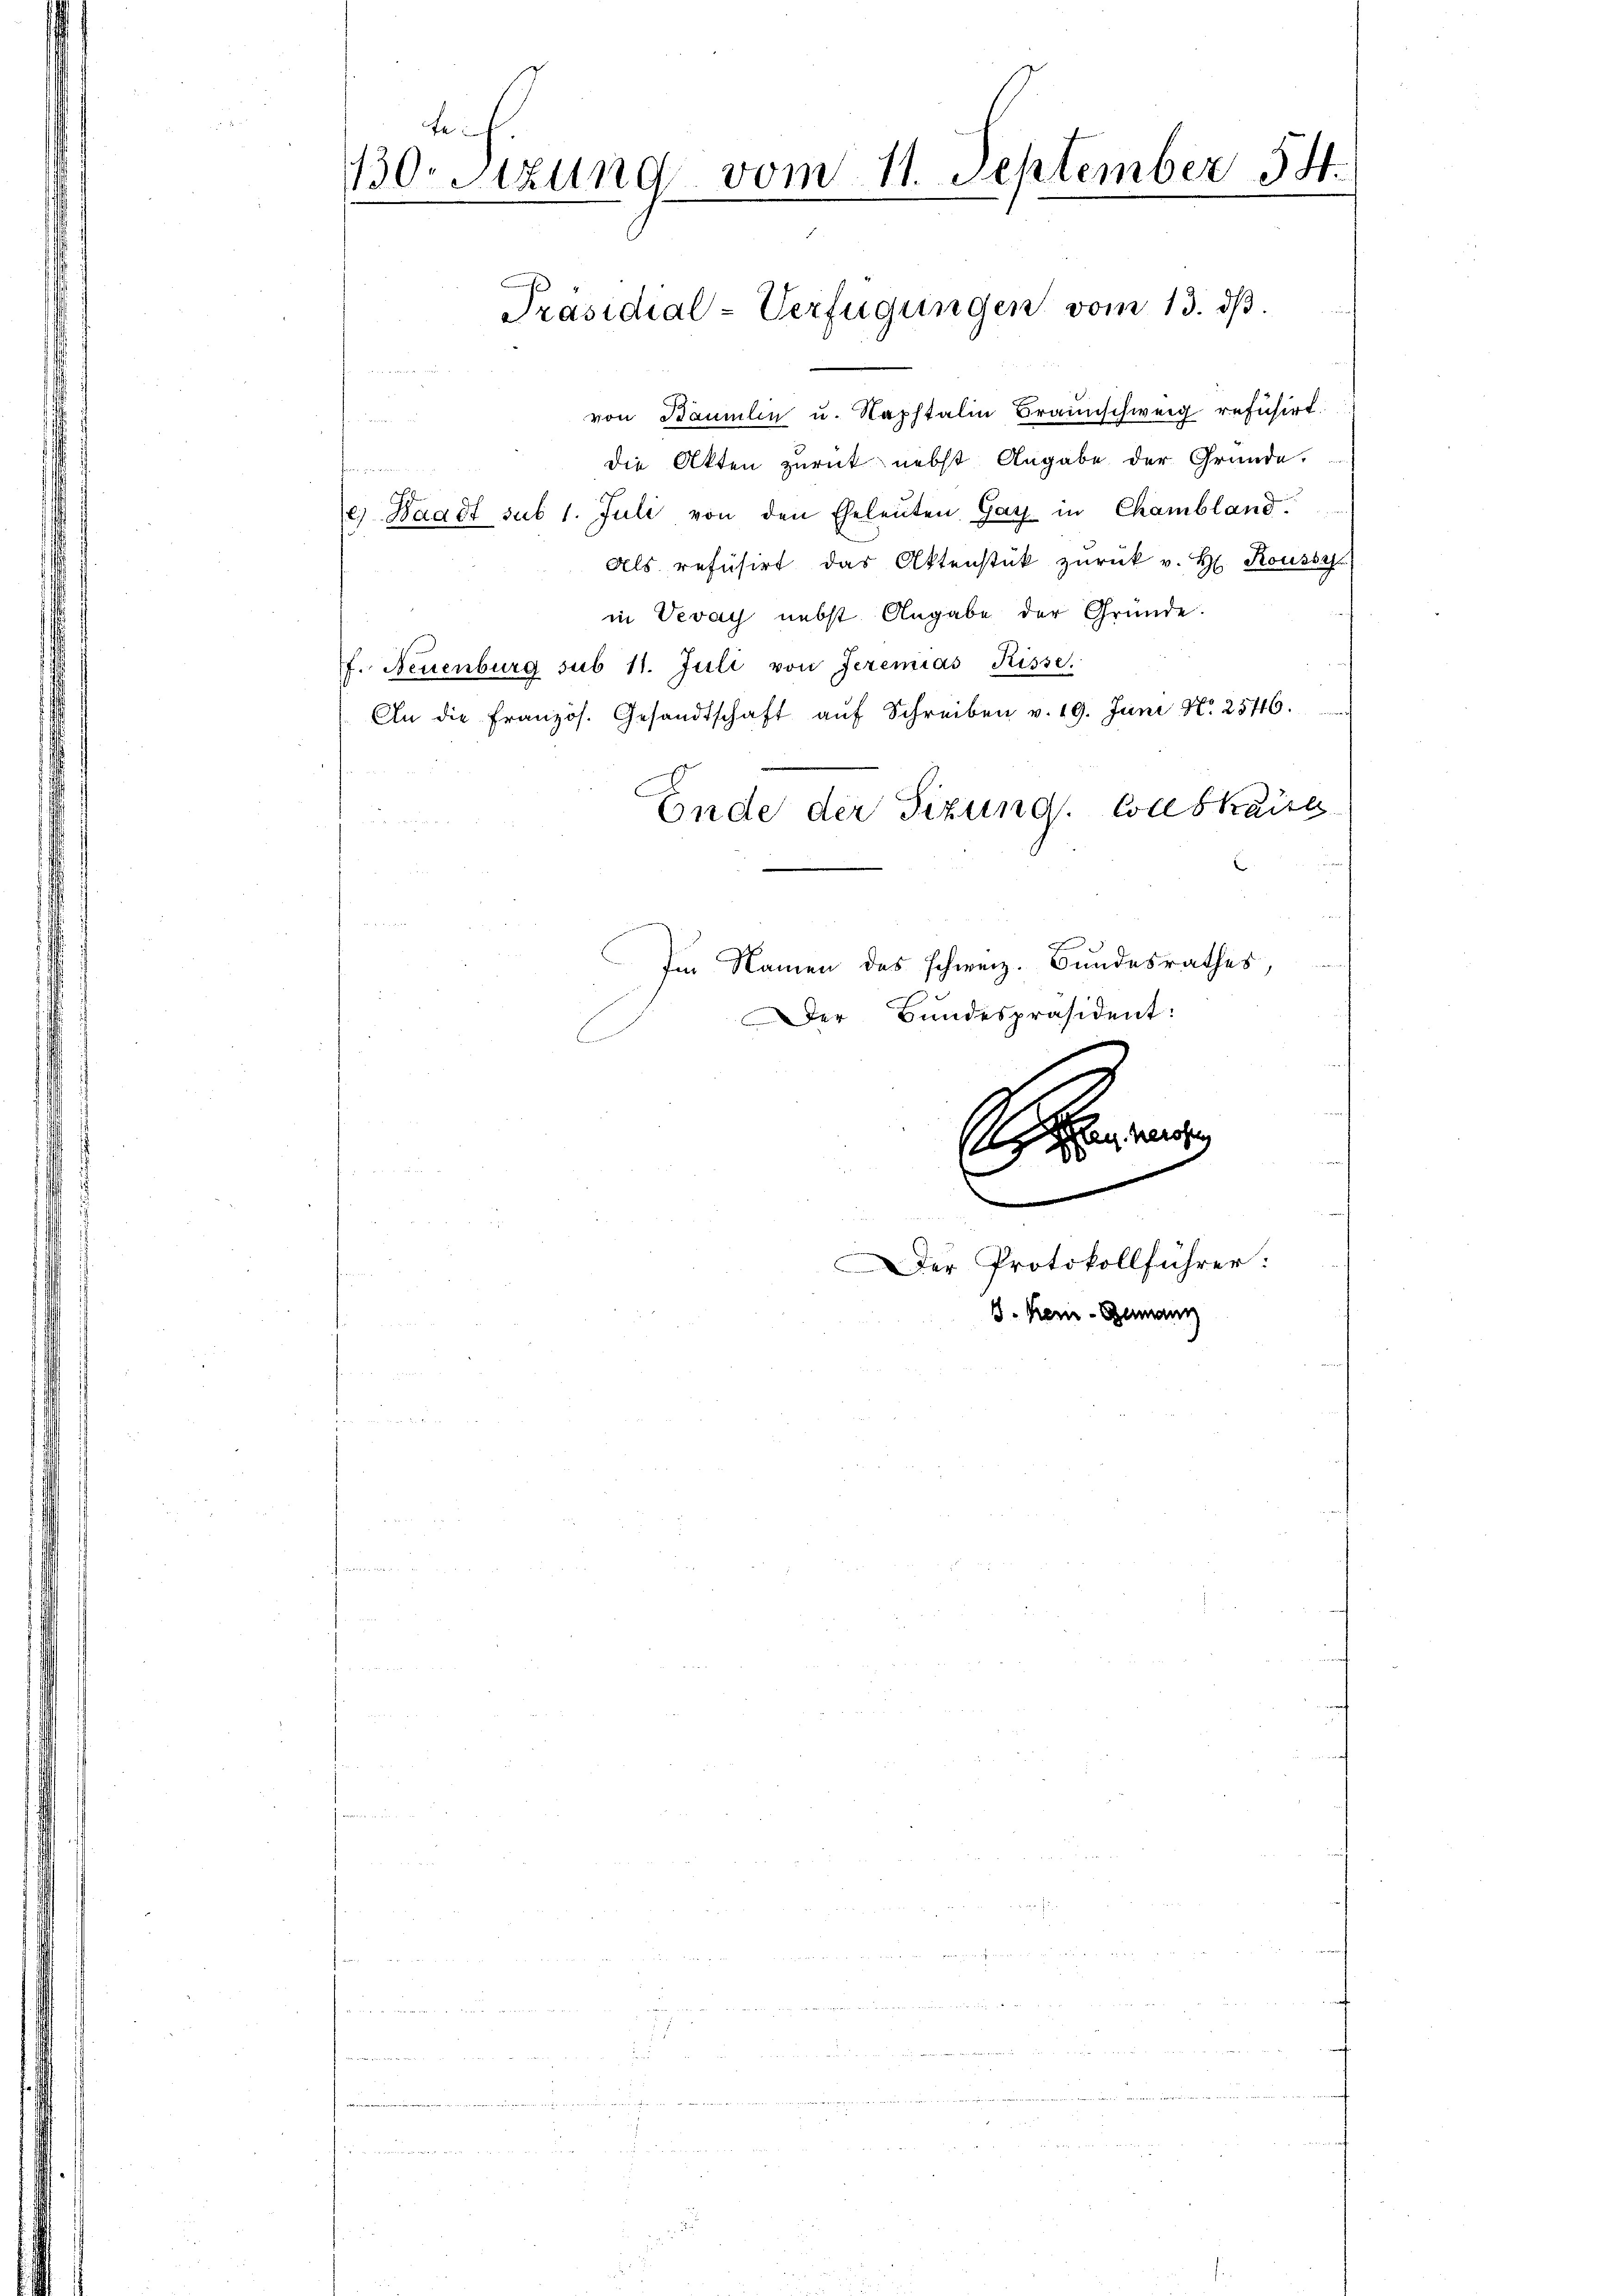
fe
130. Sitzung vom 11. September 14.

von Bäumlin u. Naphtalin Braunschweig refusirt.
i
die Akten zurück nebst Angabe der Gründe.
f
e Waadt sub 1. Juli von den Eheleuten Gatz in Chambland.
Als refüsirt das Aktenstük zurück v. H. Roussa
in Vevey nebst Angabe der Gründe.
f. Neuenburg sub 11. Juli von Jeremias Kisse.
An die französ. Gesandtschaft aŭf Schreiben v. 19. Juni No 2546.
Ende der Sizung. Was kaise
Im Namen des schweiz. Bundesrathes,
Der Bundespräsident:

Präsidial-Verfügungen vom 13. ds.

S

Der Protokollführer:
J. Kein - Genann